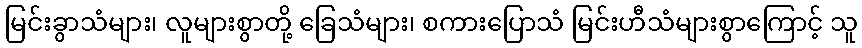
မြင်းခွာသံများ၊ လူများစွာတို့ ခြေသံများ၊ စကားပြောသံ မြင်းဟီသံများစွာကြောင့် သူ